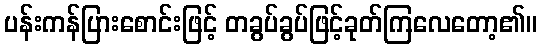
ပန်းကန်ပြားစောင်းဖြင့် တခွပ်ခွပ်ဖြင့်ခုတ်ကြလေတော့၏။